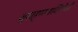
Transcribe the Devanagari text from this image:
ब्राह्मणविरोधी